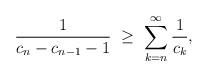
LaTeX: \begin{align*}\frac{1}{c_{n}-c_{n-1}-1} \ \geq\ \sum_{k = n}^{\infty} \frac{1}{c_{k}},\end{align*}